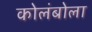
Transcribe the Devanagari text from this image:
कोलंबोला